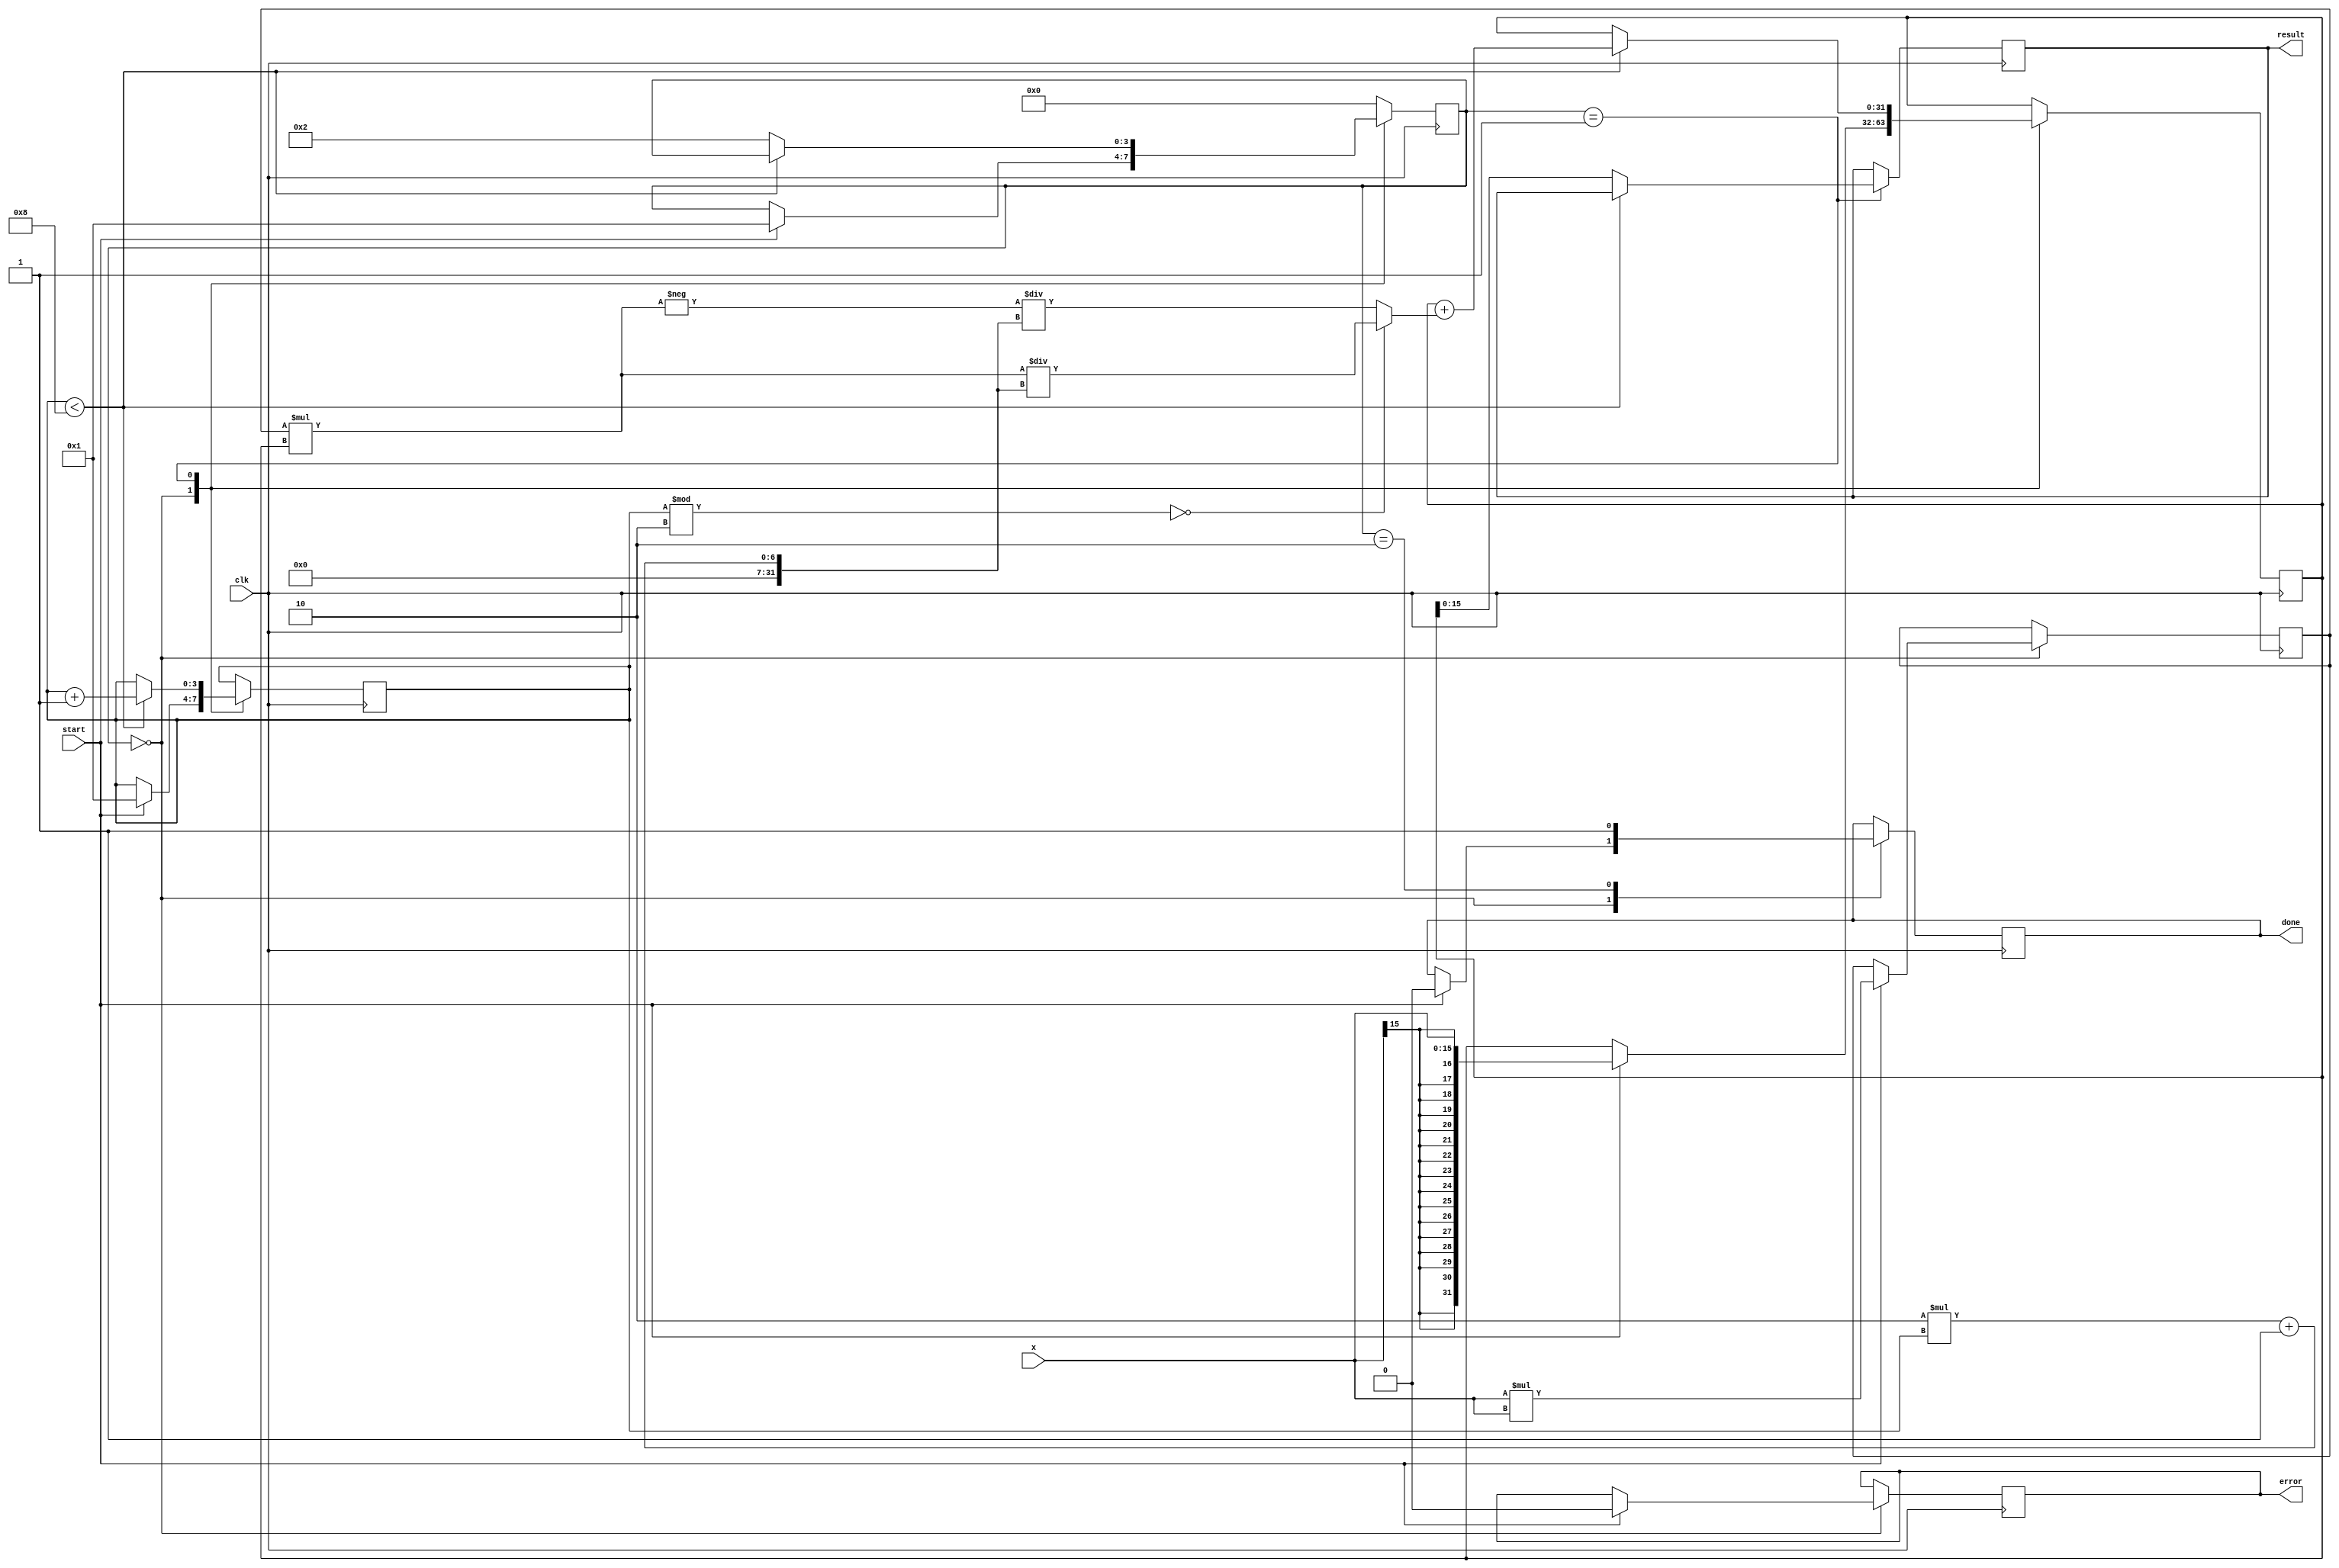
module atan (
    input wire clk,
    input wire start,
    input wire signed [15:0] x, // 16-bit fixed-point input
    output reg signed [15:0] result, // 16-bit fixed-point output
    output reg done,
    output reg error
);

    reg [3:0] state;
    reg signed [31:0] x_squared; // Intermediate calculations
    reg signed [31:0] term; // Current term in the Taylor series
    reg signed [31:0] sum; // Accumulated sum
    reg [3:0] n; // Term index

    // State encoding
    localparam IDLE = 0;
    localparam COMPUTE = 1;
    localparam DONE = 2;

    // Initialize
    initial begin
        state = IDLE;
        result = 0;
        done = 0;
        error = 0;
    end

    always @(posedge clk) begin
        case (state)
            IDLE: begin
                if (start) begin
                    // Normalize input if necessary (not implemented here)
                    sum = x; // First term of the Taylor series
                    x_squared = x * x; // x^2
                    n = 1; // Start from the second term
                    state = COMPUTE;
                    done = 0;
                    error = 0;
                end
            end

            COMPUTE: begin
                if (n < 8) begin // Limit to 8 terms for this example
                    // Calculate the next term in the Taylor series
                    term = (n % 2 == 0) ? (x_squared * sum) / (2 * n + 1) : -(x_squared * sum) / (2 * n + 1);
                    sum = sum + term; // Update the sum
                    n = n + 1; // Increment term index
                end else begin
                    result = sum[15:0]; // Assign the result (lower 16 bits)
                    state = DONE;
                end
            end

            DONE: begin
                done = 1; // Indicate computation is done
                state = IDLE; // Reset state
            end

            default: begin
                state = IDLE; // Default to IDLE state
            end
        endcase
    end

endmodule